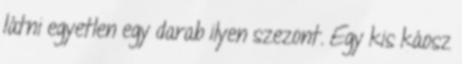
látni egyetlen egy darab ilyen szezont. Egy kis káosz